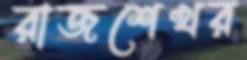
রাজশেখর